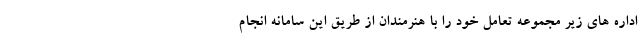
اداره های زیر مجموعه تعامل خود را با هنرمندان از طریق این سامانه انجام